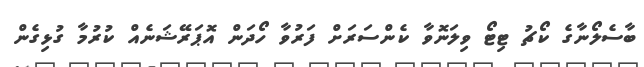
ބާސެލޯނާގެ ކޯޗު ޓިޓޯ ވިލަނޮވާ ކެންސަރަށް ފަރުވާ ހޯދަން އޮޕަރޭޝަނެއް ކުރުމާ ގުޅިގެން